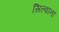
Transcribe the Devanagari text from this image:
सिल्वाना